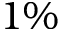
1 \%